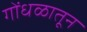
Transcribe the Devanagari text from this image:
गोंधळातून